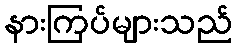
နားကြပ်များသည်